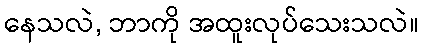
နေသလဲ, ဘာကို အထူးလုပ်သေးသလဲ။